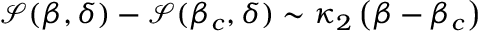
\begin{array} { r } { \mathcal { S } ( \beta , \delta ) - \mathcal { S } ( \beta _ { c } , \delta ) \sim \kappa _ { 2 } \left( { \beta - { \beta _ { c } } } \right) } \end{array}